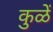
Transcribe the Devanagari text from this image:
कुळें